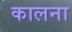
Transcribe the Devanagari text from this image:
कालना